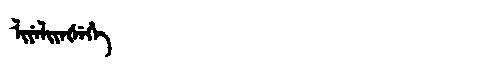
Manchu: ᠯᡳᠶᡝᠯᡳᠶᡝᡧᡝᡥᡝ
Romanization: LIYELIYEŠEHE